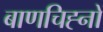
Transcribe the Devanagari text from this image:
बाणचिह्नों